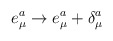
\begin{align*}e_\mu^a \to e_\mu^a+ \delta_\mu^a\end{align*}